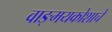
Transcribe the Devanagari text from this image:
वाङ्मयकोशाचे